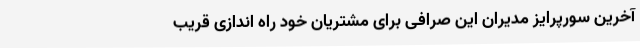
آخرین سورپرایز مدیران این صرافی برای مشتریان خود راه اندازی قریب